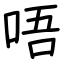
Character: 唔